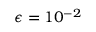
\epsilon = 1 0 ^ { - 2 }